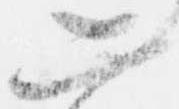
二